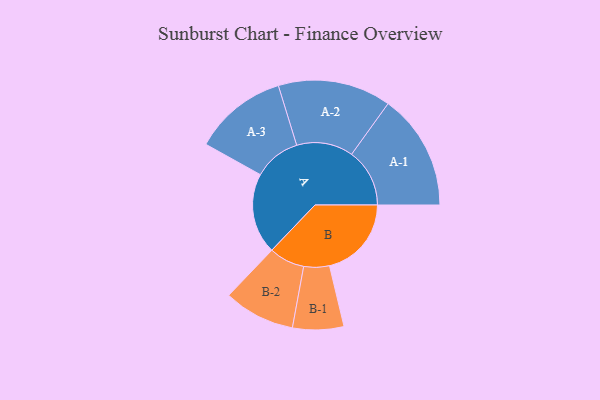
{"axis": {"x": "Segment", "y": "Value"}, "legend": ["", "A", "B"], "data": [{"x": "A", "y": 385, "type": ""}, {"x": "B", "y": 391, "type": ""}, {"x": "A-1", "y": 277, "type": "A"}, {"x": "A-2", "y": 270, "type": "A"}, {"x": "A-3", "y": 224, "type": "A"}, {"x": "B-1", "y": 122, "type": "B"}, {"x": "B-2", "y": 170, "type": "B"}]}